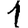
Digit: 1